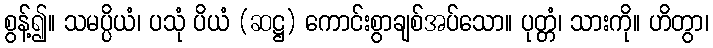
စွန့်၍။ သမပ္ပိယံ၊ ပသုံ ပိယံ (ဆဋ္ဌ) ကောင်းစွာချစ်အပ်သော။ ပုတ္တံ၊ သားကို။ ဟိတွာ၊